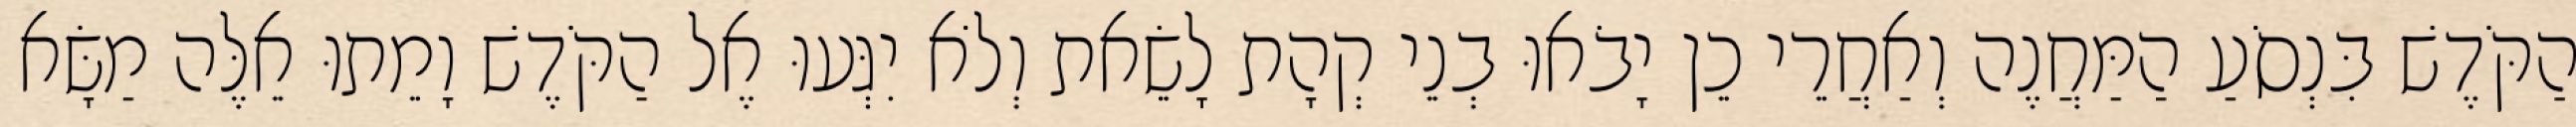
הַקֹּדֶשׁ בִּנְסֹעַ הַמַּחֲנֶה וְאַחֲרֵי כֵן יָבֹאוּ בְנֵי קְהָת לָשֵׂאת וְלֹא יִגְּעוּ אֶל הַקֹּדֶשׁ וָמֵתוּ אֵלֶּה מַשָּׂא